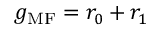
g _ { \mathrm { M F } } = r _ { 0 } + r _ { 1 }